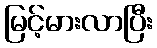
မြင့်မားလာပြီး